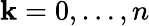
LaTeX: \mathbf{k}=0,\dotsc,n